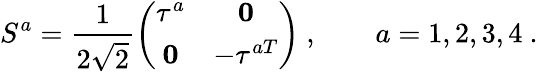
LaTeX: S^{a}=\frac{1}{2\sqrt{2}}\left(\begin{array}{cc}{{\tau^{a}}}&{{{\mathbf 0}}}\\ {{{\mathbf 0}}}&{{-\tau^{aT}}}\end{array}\right)\ ,\qquad a=1,2,3,4\ .